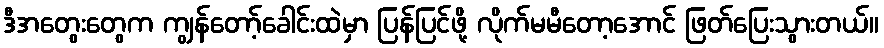
ဒီအတွေးတွေက ကျွန်တော့်ခေါင်းထဲမှာ ပြန်ပြင်ဖို့ လိုက်မမီတော့အောင် ဖြတ်ပြေးသွားတယ်။